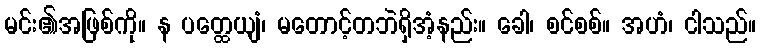
မင်း၏အဖြစ်ကို။ န ပတ္ထေယျံ၊ မတောင့်တဘဲရှိအံ့နည်း။ ခေါ၊ စင်စစ်။ အဟံ၊ ငါသည်။